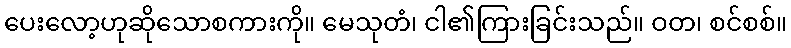
ပေးလော့ဟုဆိုသောစကားကို။ မေသုတံ၊ ငါ၏ကြားခြင်းသည်။ ဝတ၊ စင်စစ်။